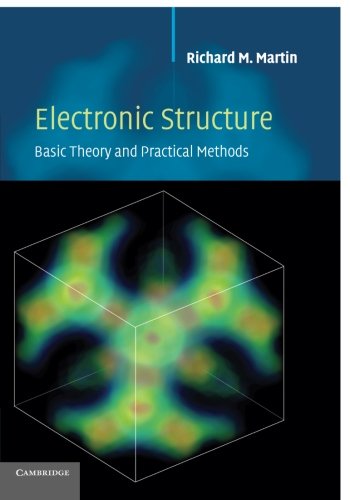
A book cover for Electronic Structure: Basic Theory and Practical Methods (v. 1); Richard M. Martin; Science & Math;